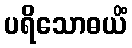
ပရိသောဓယိံ